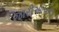
જારીઆપના